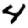
Digit: 4